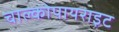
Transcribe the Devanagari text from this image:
चाल्कोपायराइट